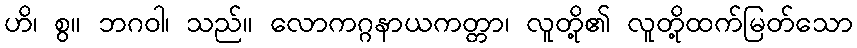
ဟိ၊ စွ။ ဘဂဝါ၊ သည်။ လောကဂ္ဂနာယကတ္တာ၊ လူတို့၏ လူတို့ထက်မြတ်သော